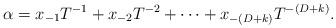
LaTeX: \begin{align*}\alpha = x_{-1}T^{-1} + x_{-2}T^{-2} + \cdots + x_{-(D+k)} T^{-(D+k)}.\end{align*}